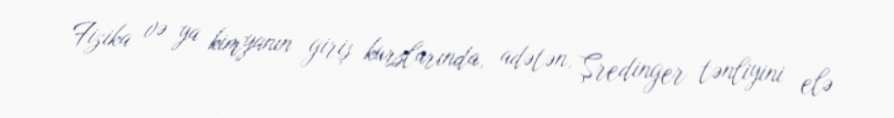
Fizika və ya kimyanın giriş kurslarında, adətən, Şredinger tənliyini elə